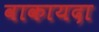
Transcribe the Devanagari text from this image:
वाकायदा